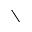
\setminus